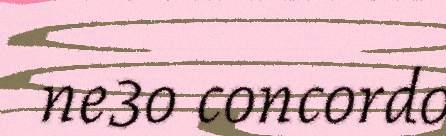
ne3o concordo